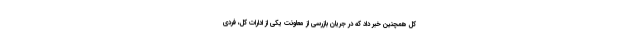
کل همچنین خبر داد که در جریان بازرسی از معاونت یکی از ادارات کل، فردی